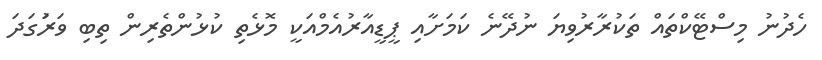
ހެދުނު މިސްޓޭކްތައް ތަކުރާރުވިޔަ ނުދޭނެ ކަމަށާއި ޕީޑީއާރުއެމްއަކީ މޮޅެތި ކުޅުންތެރިން ތިބި ވަރަުގަދަ